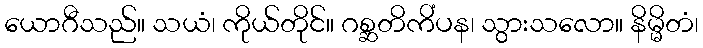
ယောဂီသည်။ သယံ၊ ကိုယ်တိုင်။ ဂစ္ဆတိကိံပန၊ သွားသလော။ နိမ္မိတံ၊